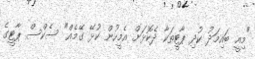
"މިއީ ބައިމަދު ކުދި ޕާޓީތަކާ ދެކޮޅަށް އެމީހުން ކުޅޭ ގޭމެއް" ސެކްސް ޕާޓީގެ